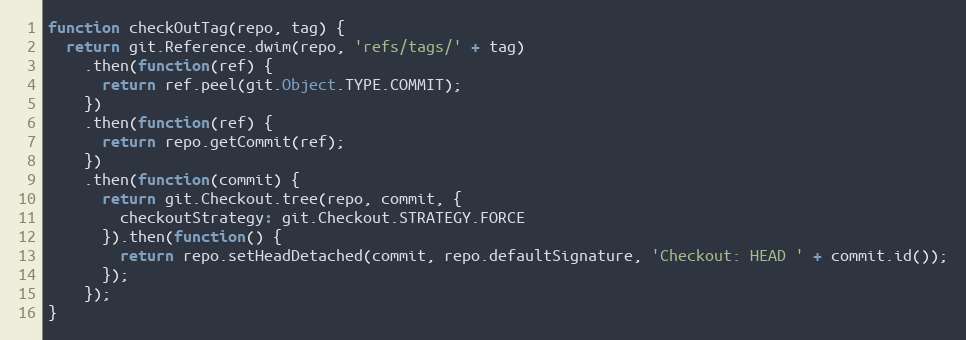
Language: JavaScript
function checkOutTag(repo, tag) {
  return git.Reference.dwim(repo, 'refs/tags/' + tag)
    .then(function(ref) {
      return ref.peel(git.Object.TYPE.COMMIT);
    })
    .then(function(ref) {
      return repo.getCommit(ref);
    })
    .then(function(commit) {
      return git.Checkout.tree(repo, commit, {
        checkoutStrategy: git.Checkout.STRATEGY.FORCE
      }).then(function() {
        return repo.setHeadDetached(commit, repo.defaultSignature, 'Checkout: HEAD ' + commit.id());
      });
    });
}